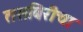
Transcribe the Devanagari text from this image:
तसबिरीचा